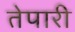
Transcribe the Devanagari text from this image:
तेपारी